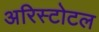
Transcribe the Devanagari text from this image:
अरिस्टोटल